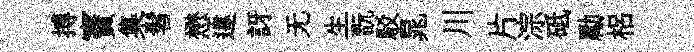
搏竇集髫懋違訝无生翫駁晁川片淙砥勵梠